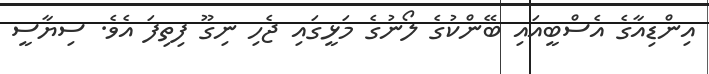
އިންޑިއާގެ އެސްބީއައި ބޭންކުގެ ލޯނުގެ މަޅީގައި ޖެހި ނިގޫ ފިތިފަ އެވެ. ސިޔާސީ